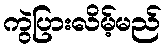
ကွဲပြားလိမ့်မည်